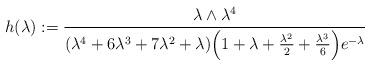
LaTeX: \begin{align*} h(\lambda) := \frac{\lambda\wedge \lambda^4}{(\lambda^4 + 6 \lambda^3 + 7 \lambda^2 + \lambda) \Bigl(1 + \lambda + \frac{\lambda^2}{2} + \frac{\lambda^3}{6} \Bigr) e^{-\lambda}} \end{align*}